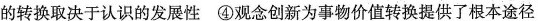
的转换取决于认识的发展性④观念创新为事物价值转换提供了根本途径